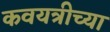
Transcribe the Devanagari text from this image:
कवयत्रीच्या